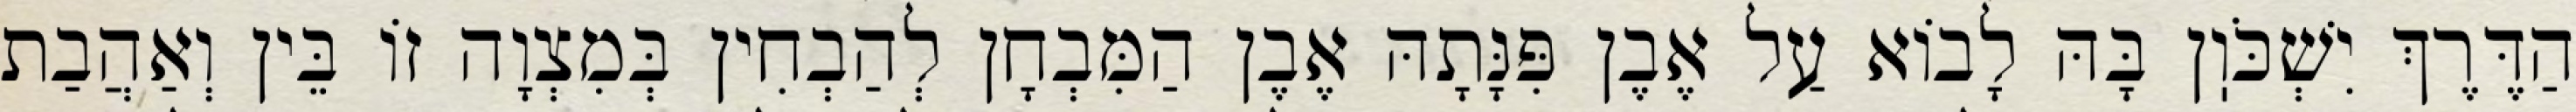
הַדֶּרֶךְ יִשְׁכֹּוֽן בָּהּ לָבוֹא עַל אֶבֶן פִּנָּתָהּ אֶבֶן הַמִּבְחָן לְהַבְחִין בְּמִצְוָה זוֹ בֵּין וְאַהֲבַת